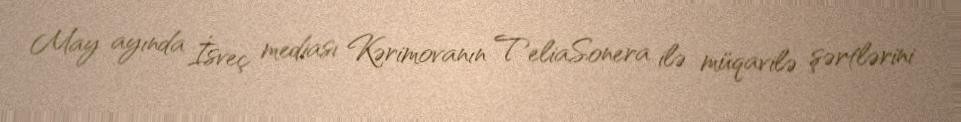
May ayında İsveç mediası Kərimovanın TeliaSonera ilə müqavilə şərtlərini